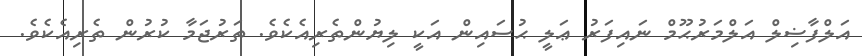
އަލްފާޟިލް އަލްމަރުޙޫމް ނައިފަރު ޢަލީ ޙުސައިން އަކީ ލިޔުންތެރިއެކެވެ. ތަރުޖަމާ ކުރުން ތެރިއެކެވެ.